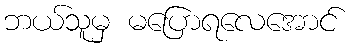
ဘယ်သူမှ မပြောရလေအောင်